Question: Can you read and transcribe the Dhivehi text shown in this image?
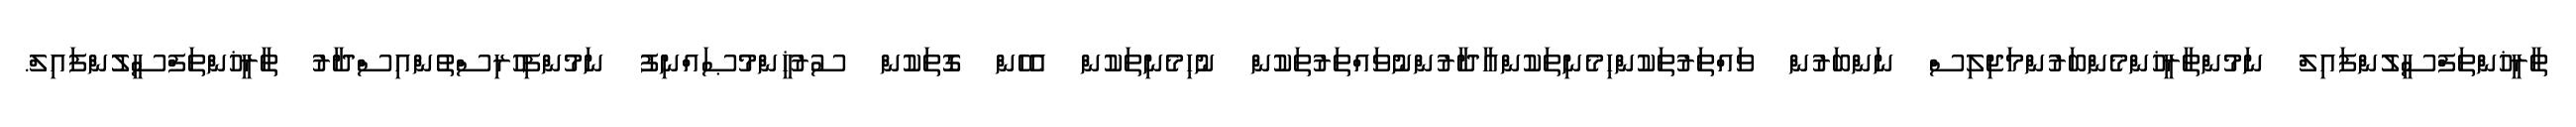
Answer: ތާރީޚުންތަފްސީލުންފައިލް ނަމުންތާރީޚުންމެންބަރުންމަޖިލިސް ނަންބަރުން ވައްތަރުތަކުންހިމެނިތަކުންއާދާރުންނުވައްތަރުތަކުން ނުހިމެނިތަކުން އެހެން ގޮތަކުން ސުރުޚީންމުޞައްނިފު ނަމުންފިހުރިސްތުންއިސްދާރު ތާރީޚުންތަފްސީލުންފައިލް.